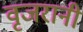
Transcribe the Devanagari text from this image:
वृजरानी